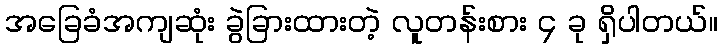
အခြေခံအကျဆုံး ခွဲခြားထားတဲ့ လူတန်းစား ၄ ခု ရှိပါတယ်။